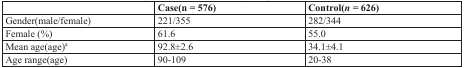
|  | Case(n = 576) | Control(n = 626) |
 | --- | --- | --- |
 | Gender(male/female) | 221/355 | 282/344 |
 | Female (%) | 61.6 | 55.0 |
 | Mean age(age)a | 92.8±2.6 | 34.1±4.1 |
 | Age range(age) | 90-109 | 20-38 |